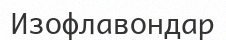
Изофлавондар